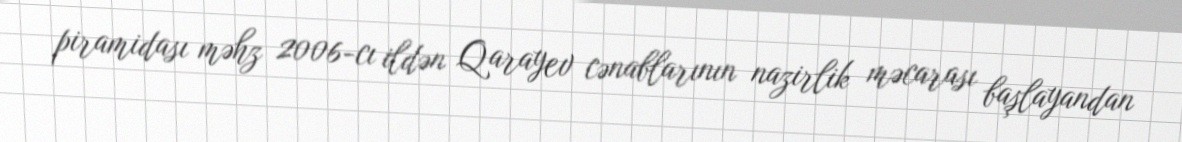
piramidası məhz 2006-cı ildən Qarayev cənablarının nazirlik məcarası başlayandan